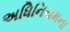
અધિનિયમના